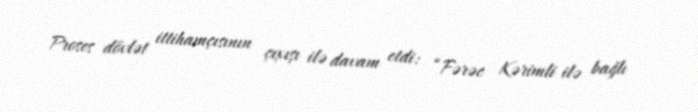
Proses dövlət ittihamçısının çıxışı ilə davam etdi: “Fərəc Kərimli ilə bağlı